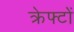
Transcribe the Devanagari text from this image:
क्रेफ्टों